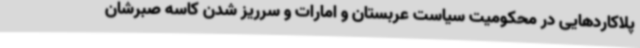
پلاکاردهایی در محکومیت سیاست عربستان و امارات و سرریز شدن کاسه صبرشان